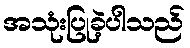
အသုံးပြုခဲ့ပါသည်